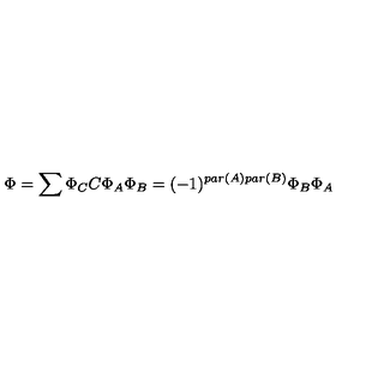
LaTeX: \Phi = \sum \Phi _ { C } C \Phi _ { A } \Phi _ { B } = ( - 1 ) ^ { p a r ( A ) p a r ( B ) } \Phi _ { B } \Phi _ { A }